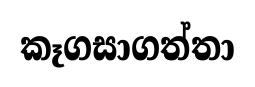
කෑගසාගත්තා